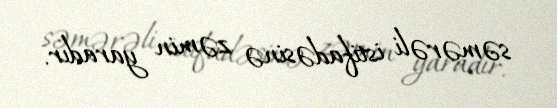
səmərəli istifadəsinə zəmin yaradır.